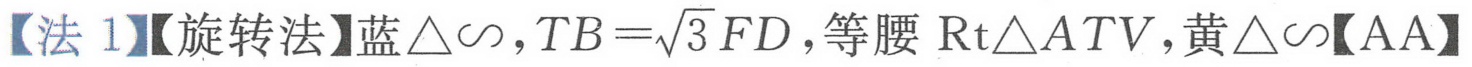
【法 1】【旋转法】蓝\(\triangle\sim,TB = \sqrt{3}FD\)，等腰\(\text{Rt}\triangle ATV\)，黄\(\triangle\sim\)【AA】